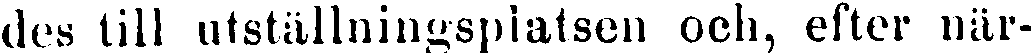
des till utställningspiatsen och, efter när-